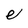
Character: e